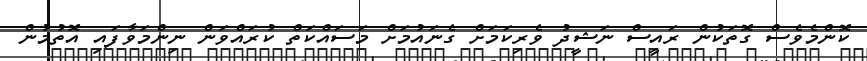
ކޮންމެވެސް ގޮތަކުން ރައީސް ނަޝީދު ވެރިކަމަށް ގެނައުމަށް މަސައްކަތް ކުރައްވަން ނިންމަވާފައި އޮތުމުން